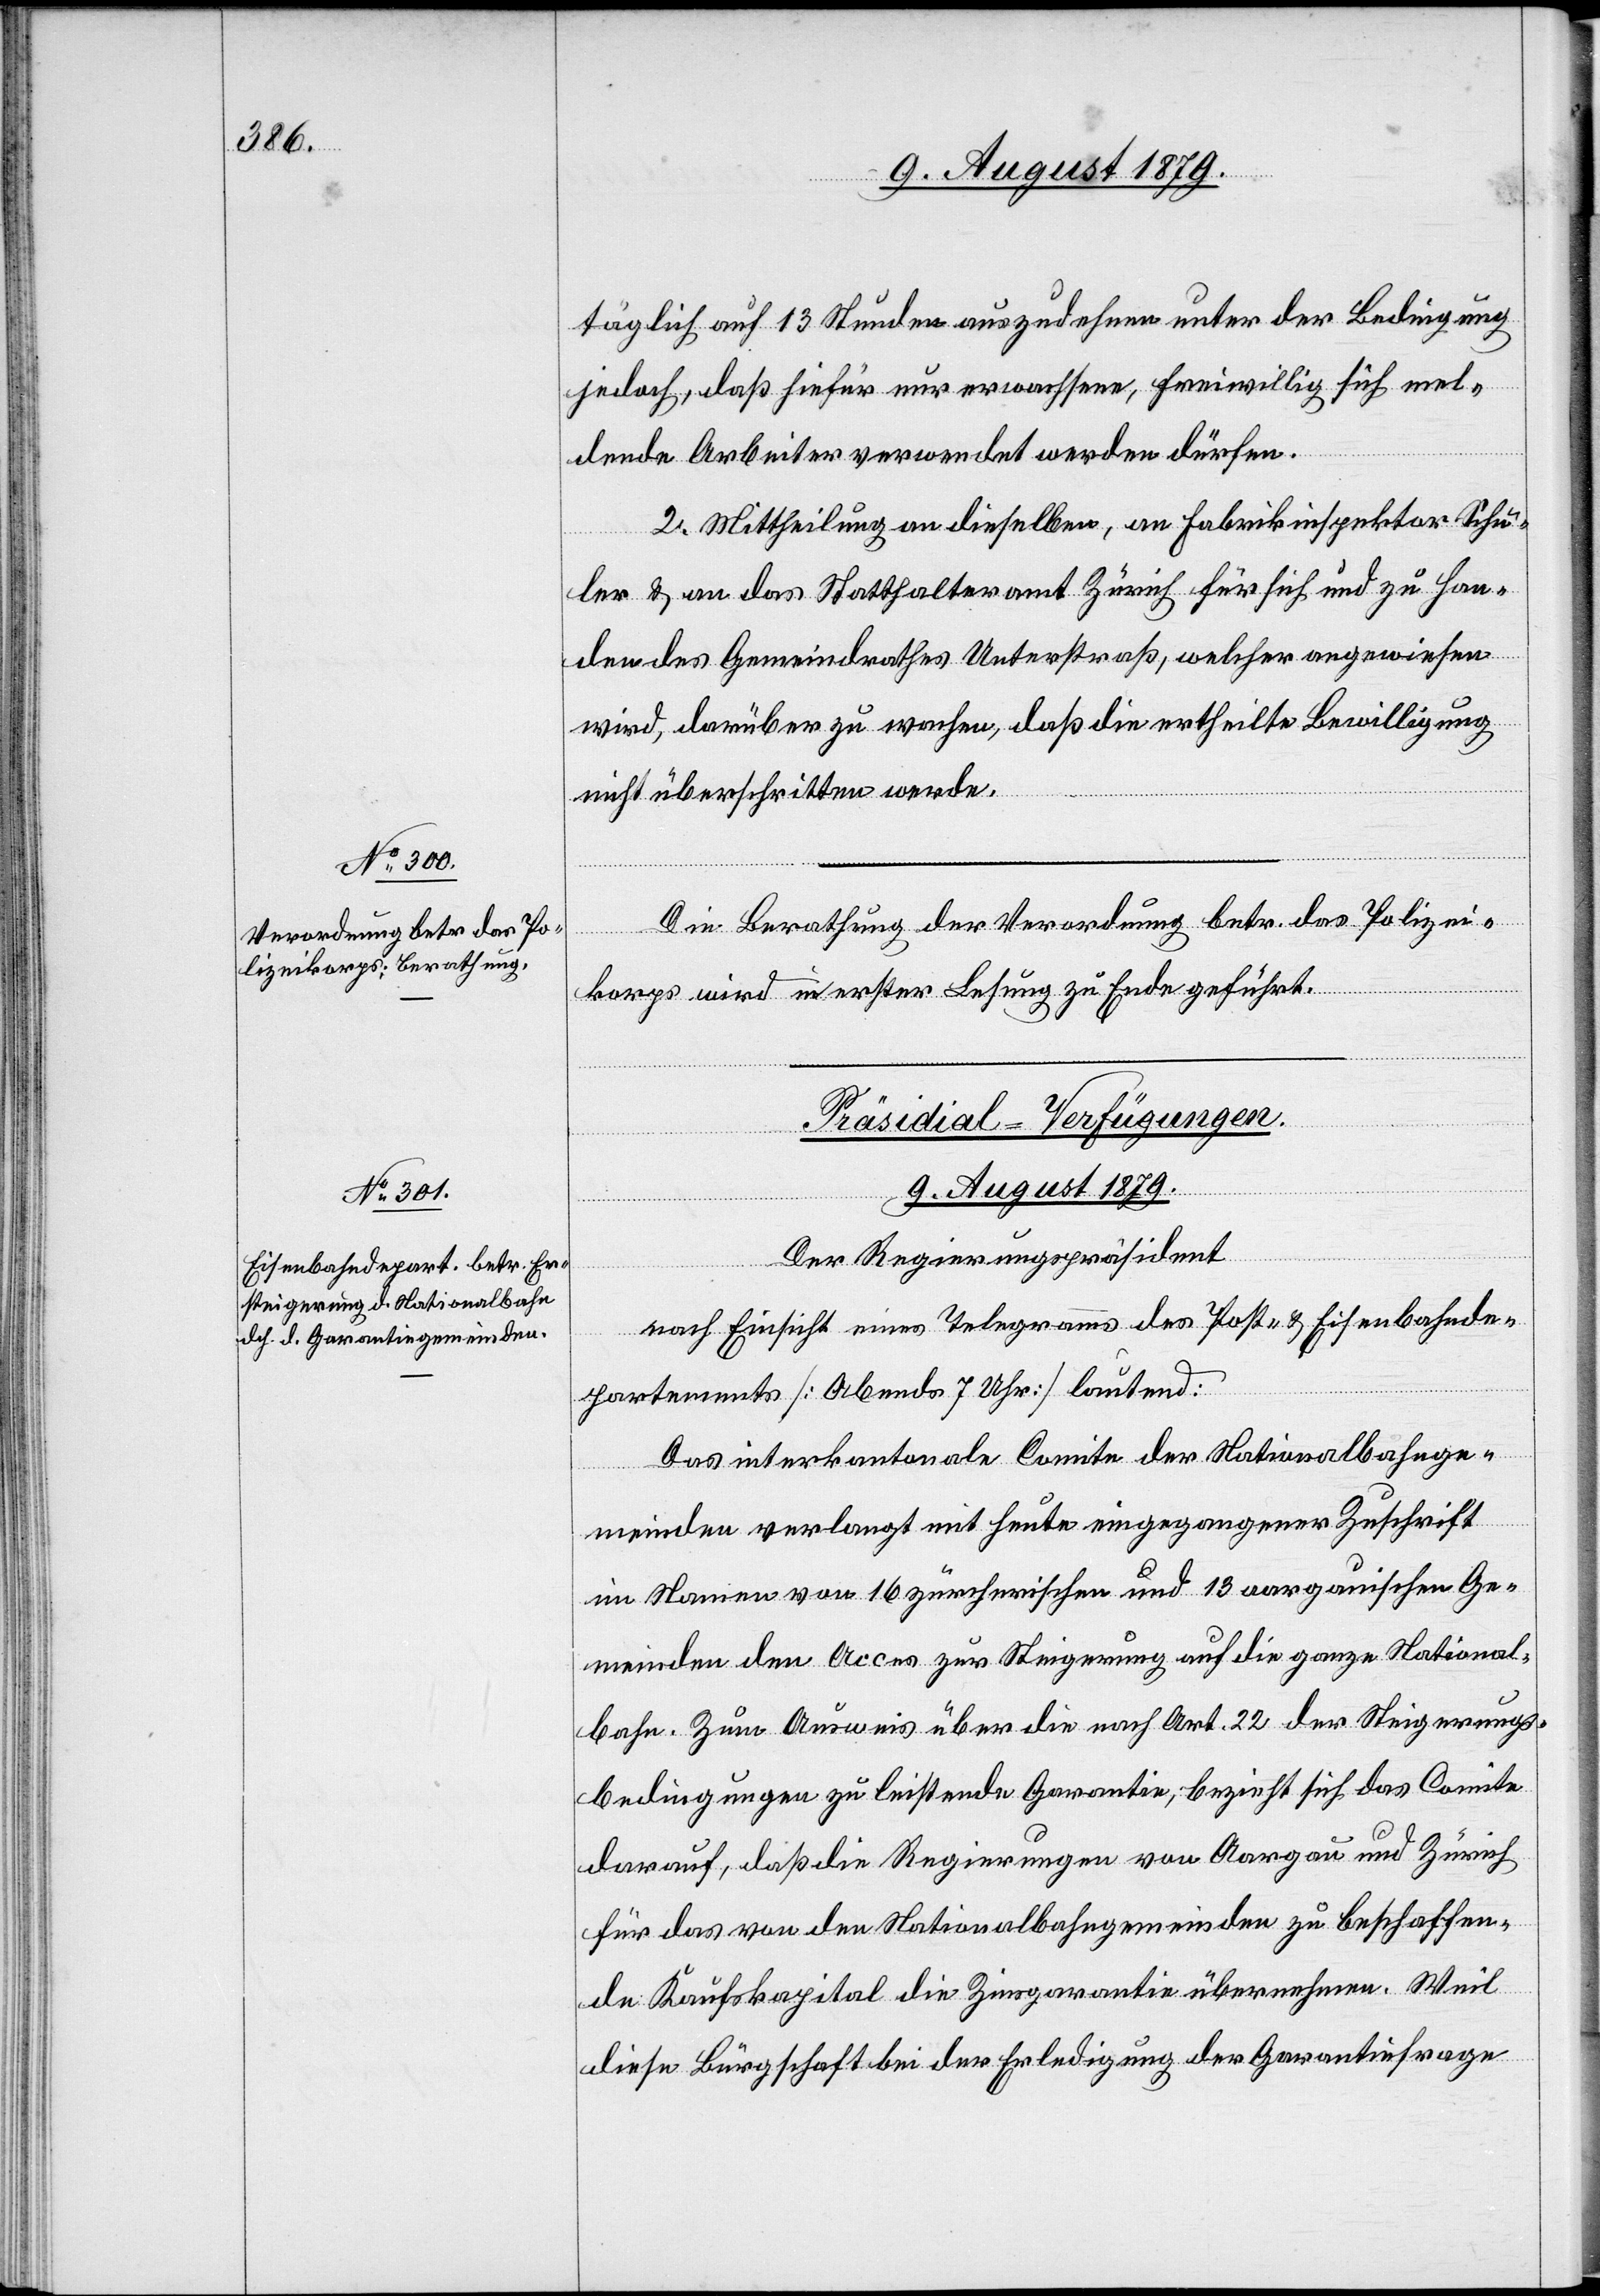
9. August 1879.
täglich auf 13 Stunden auszudehnen unter der Bedingung
jedoch, daß hiefür nur erwachsene, freiwillig sich mel¬
dende Arbeiter verwendet werden dürfen.
2. Mittheilung an dieselben, an Fabrikinspektor Schu¬
ler & an das Statthalteramt Zürich für sich und zu Han¬
den des Gemeindrathes Unterstraß, welcher angewiesen
wird, darüber zu wachen, daß die ertheilte Bewilligung
nicht überschritten werde.
Die Berathung der Verordnung betr. das Polizei¬
korps wird in erster Lesung zu Ende geführt.
Präsidial-Verfügungen.
Der Regierungspräsident
nach Einsicht eines Telegramms des Post- & Eisenbahnde¬
partements [Abends 7 Uhr] lautend:
Das interkantonale Comite der Nationalbahnge¬
meinden verlangt mit heute eingegangener Zuschrift
im Namen von 16 zürcherischen und 13 aargauischen Ge¬
meinden den Acces zur Steigerung auf die ganze National¬
bahn. Zum Ausweis über die nach Art. 22 der Steigerungs¬
bedingungen zu leistende Garantie, bezieht sich das Comite
darauf, daß die Regierungen von Aargau und Zürich
für das von den Nationalbahngemeinden zu beschaffen¬
de Kaufskapital die Zinsgarantie übernehmen. Weil
diese Bürgschaft bei der Erledigung der Garantiefrage